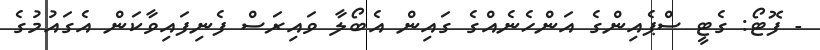
- ފޮޓޯ: ގެޓީ ސްޕެއިންގެ އަންހެނެއްގެ ގައިން އެބޯލާ ވައިރަސް ފެނިފައިވާކަން އެގައުމުގެ